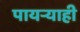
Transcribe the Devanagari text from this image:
पायऱ्याही